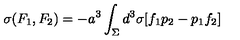
\sigma ( F _ { 1 } , F _ { 2 } ) = - a ^ { 3 } \int _ { \Sigma } d ^ { 3 } \sigma [ f _ { 1 } p _ { 2 } - p _ { 1 } f _ { 2 } ]